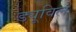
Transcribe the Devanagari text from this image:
ड्यूविल